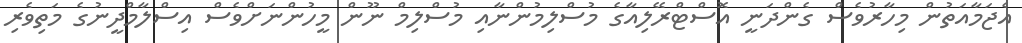
އެޖަމާއަތުން މިހާރުވެސް ގެންދަނީ އޮސްޓްރޭލިއާގެ މުސްލިމުންނާއި މުސްލިމް ނޫން މީހުންނަށްވެސް އިސްލާމްދީނުގެ މަތިވެރި